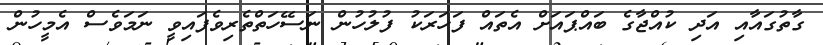
ގާތުގައާއި އަދި ކުއްޖާގެ ބައްޕައަށް އެތައް ފަހަރަކު ފުލުހުން ނަސޭހަތްތެރިވެފައިވީ ނަމަވެސް އެމީހުން